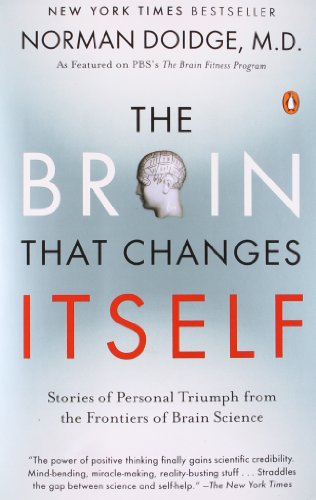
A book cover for The Brain That Changes Itself: Stories of Personal Triumph from the Frontiers of Brain Science; Norman Doidge; Medical Books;